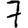
Digit: 7